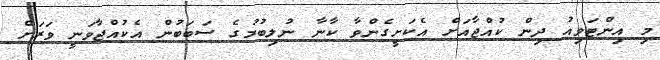
މި އިންޓަވިއު ދިން ކުއްޖާއަށް އެކަށީގެންވާ ކާނާ ނުލިބުމުގެ ސަބަބުން އެކުއްޖާވަނީ ވަރަށް